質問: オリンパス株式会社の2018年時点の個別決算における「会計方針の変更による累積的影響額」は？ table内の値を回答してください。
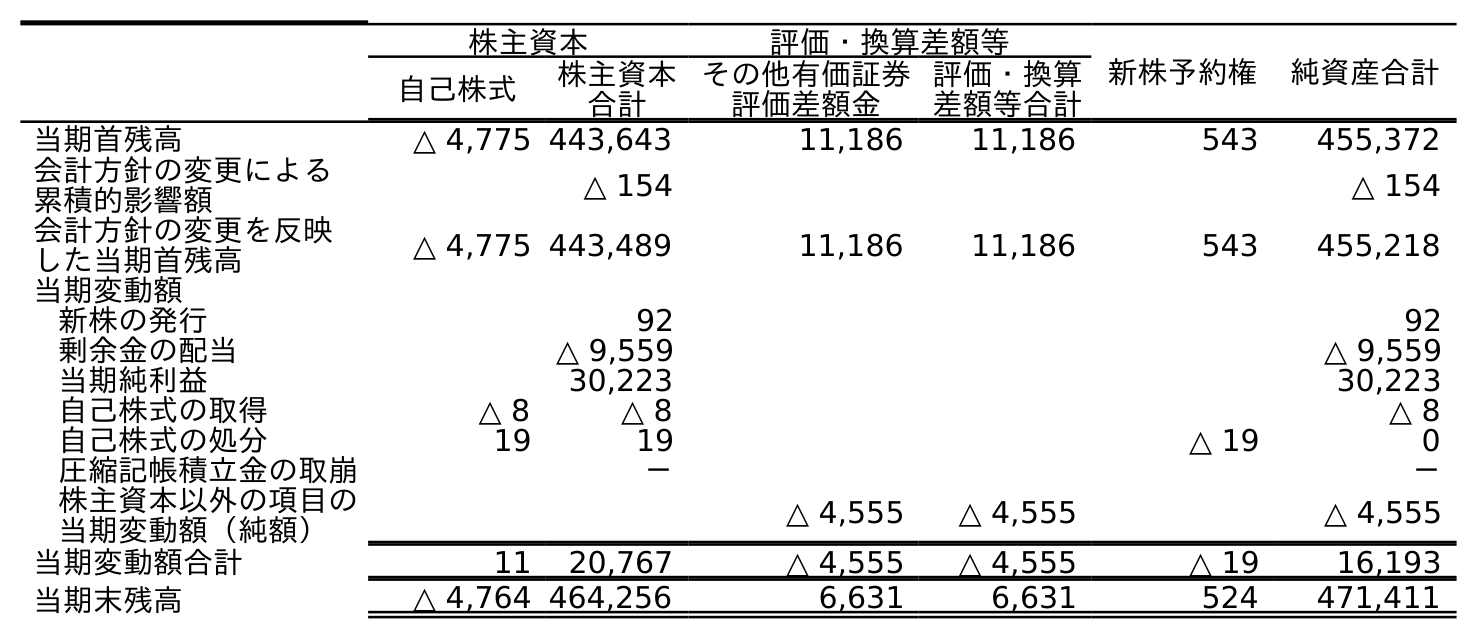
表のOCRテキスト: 株主資本 評価・換算差額等 新株予約権 純資産合計 自己株式 株主資本 合計 その他有価証券 評価差額金 評価・換算 差額等合計 当期首残高 △ 4,775 443,643 11,186 11,186 543 455,372 会計方針の変更による 累積的影響額 △ 154 △ 154 会計方針の変更を反映 した当期首残高 △ 4,775 443,489 11,186 11,186 543 455,218 当期変動額 新株の発行 92 92 剰余金の配当 △ 9,559 △ 9,559 当期純利益 30,223 30,223 自己株式の取得 △ 8 △ 8 △ 8 自己株式の処分 19 19 △ 19 0 圧縮記帳積立金の取崩 － － 株主資本以外の項目の 当期変動額（純額） △ 4,555 △ 4,555 △ 4,555 当期変動額合計 11 20,767 △ 4,555 △ 4,555 △ 19 16,193 当期末残高 △ 4,764 464,256 6,631 6,631 524 471,411
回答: △154